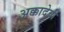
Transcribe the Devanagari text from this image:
अक्कादेवी